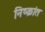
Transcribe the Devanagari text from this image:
निष्क्रांत